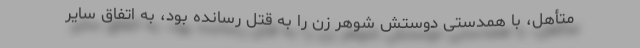
متأهل، با همدستی دوستش شوهر زن را به قتل رسانده بود، به اتفاق سایر